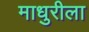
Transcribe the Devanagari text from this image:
माधुरीला